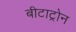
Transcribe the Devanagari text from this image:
बीटाट्रोन